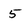
Character: 5